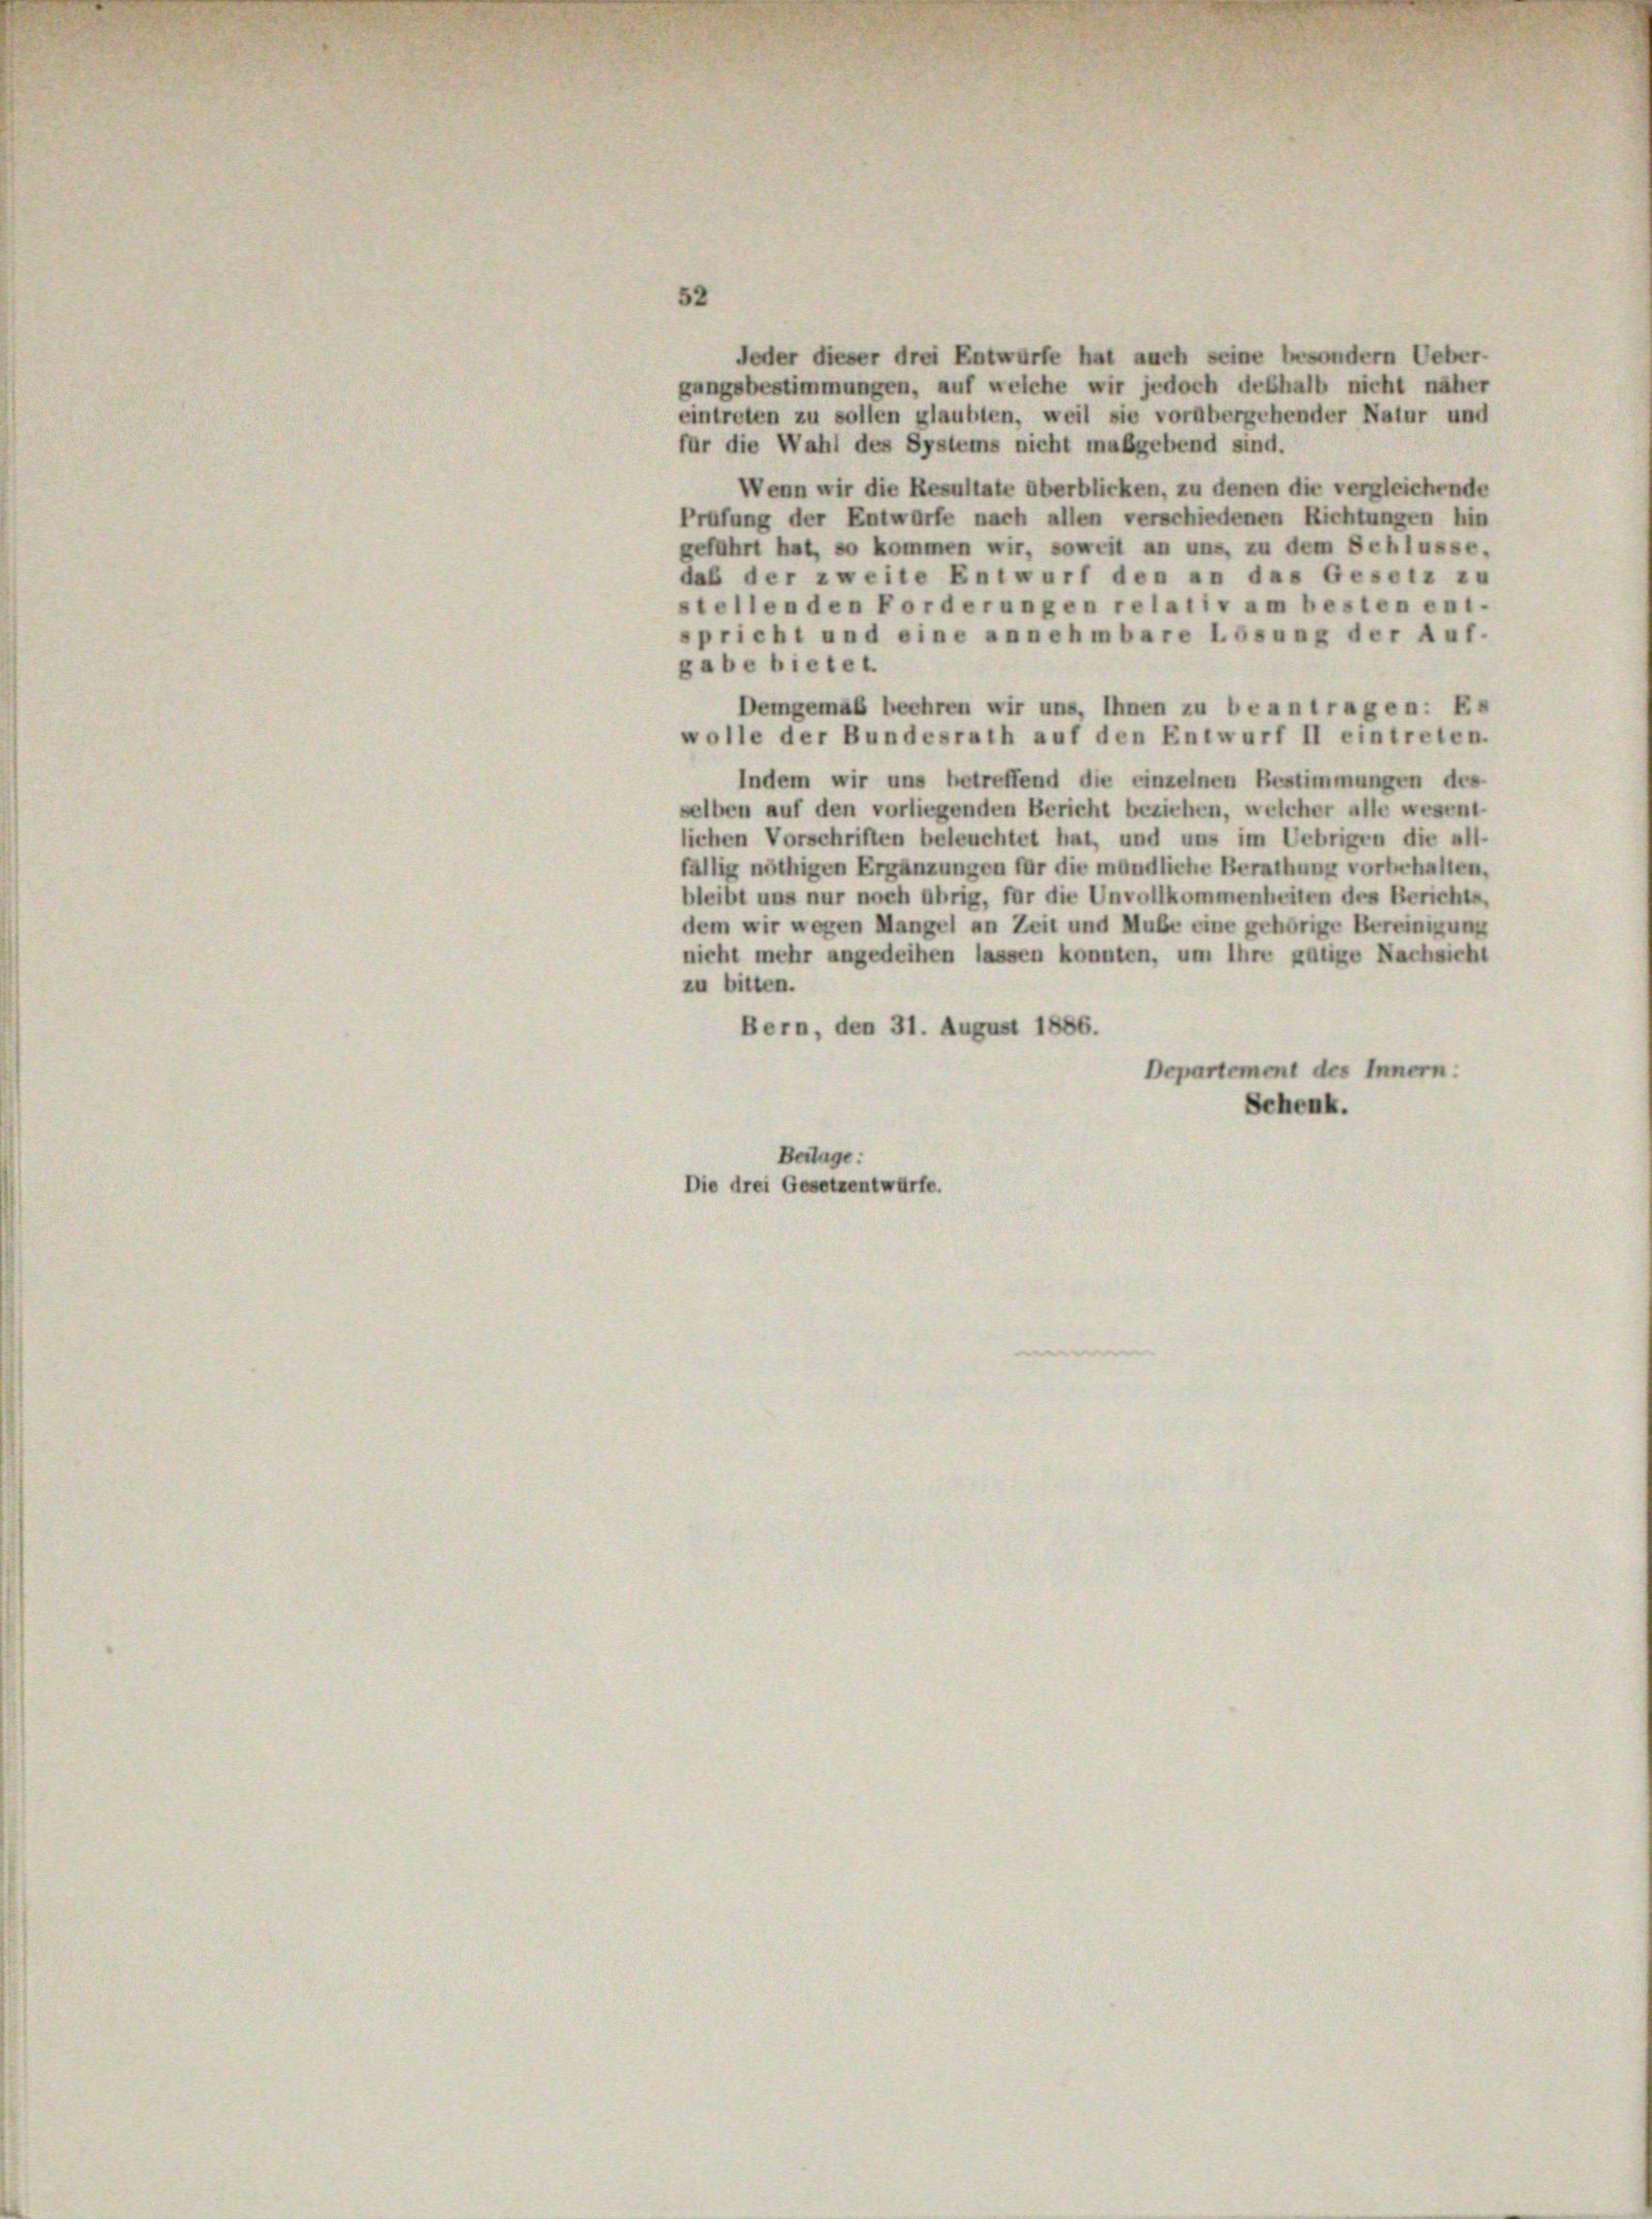
52

Jeder dieser drei Entwürfe hat auch seine besondern Ueber-
gungsbestimmungen, auf welche wir jedoch deshalb nicht näher
eintreten zu sollen glaubten, weil sie vorübergehender Natur und
für die Wahl des Systems nicht maßgebend sind.
Wenn wir die Resultate überblicken, zu denen die vergleichende
Prafung der Entwürfe nach allen verschiedenen Richtungen hin
geführt hat, so kommen wir, soweit an uns, zu dem Schlusse.
daß der zweite Entwurf den an das Gesetz zu
stellenden Forderungen relativ am besten ent-
spricht und eine annehmbare Lösung der Auf-
gabe bietet.
Demgemäß beehren wir uns, Ihnen zu beantragen: Es
wolle der Bundesrath auf den Entwurf II eintreten.
Indem wir uns betreffend die einzelnen Bestimmungen des
selben auf den vorliegenden Bericht beziehen, welcher alle wesent
lichen Vorschriften beleuchtet hat, und uns im Uebrigen die all-
fällig nöthigen Ergänzungen für die mündliche Berathung vorbehalten,
bleibt uns nur noch übrig, für die Unvollkommenheiten des Berichts,
dem wir wegen Mangel an Zeit und Mube eine gehörige Bereinigung
nicht mehr angedeihen lassen konnten, um ihre gütige Nachsicht
zu bitten.
Bern, den 31. August 1856.
Departement des Innern:
Schenk.
Beilage:
Die drei Gesetzentwürfe.